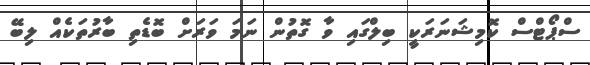
ސްޕޯޓްސް ކޮމިޝަނަރަކީ ބިލްގައި ވާ ގޮތުން ނަމަ ވަރަށް ބޮޑެތި ބާރުތަކެއް ލިބޭ